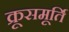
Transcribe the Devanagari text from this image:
क्रूसमूर्ति